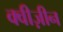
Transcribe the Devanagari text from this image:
क्वीज़ीन